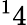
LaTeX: ^14